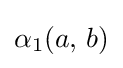
\alpha _{1}(a,\,b)